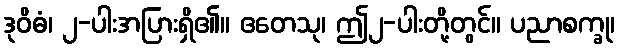
ဒုဝိဓံ၊ ၂-ပါးအပြားရှိ၏။ ဧတေသု၊ ဤ၂-ပါးတို့တွင်။ ပညာစက္ခု၊